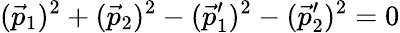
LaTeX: (\vec{p}_{1})^{2}+(\vec{p}_{2})^{2}-(\vec{p}_{1}^{\prime})^{2}-(\vec{p}_{2}^{\prime})^{2}=0